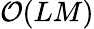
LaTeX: \mathcal{O}(LM)